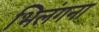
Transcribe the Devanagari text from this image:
भिलंगना